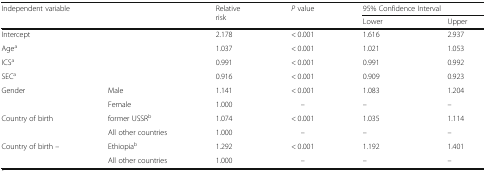
| <ROWSPAN=2-COLSPAN=2> Independent variable | <ROWSPAN=2> Relative risk | <ROWSPAN=2> P value | <COLSPAN=2> 95% Confidence Interval |
 | Lower | Upper |
 | --- | --- | --- | --- | --- | --- |
 | <COLSPAN=2> Intercept | 2.178 | < 0.001 | 1.616 | 2.937 |
 | <COLSPAN=2> Agea | 1.037 | < 0.001 | 1.021 | 1.053 |
 | <COLSPAN=2> ICSa | 0.991 | < 0.001 | 0.991 | 0.992 |
 | <COLSPAN=2> SECa | 0.916 | < 0.001 | 0.909 | 0.923 |
 | Gender | Male | 1.141 | < 0.001 | 1.083 | 1.204 |
 |  | Female | 1.000 | – | – | – |
 | <ROWSPAN=2> Country of birth | former USSRb | 1.074 | < 0.001 | 1.035 | 1.114 |
 | All other countries | 1.000 | – | – | – |
 | Country of birth – | Ethiopiab | 1.292 | < 0.001 | 1.192 | 1.401 |
 |  | All other countries | 1.000 | – | – | – |